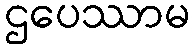
ဌပေဿာမ